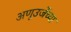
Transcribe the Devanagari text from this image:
अणूउर्जेच्या